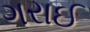
ગરાઈ